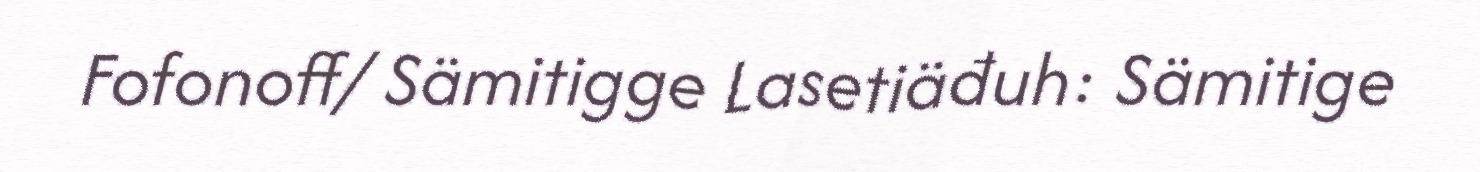
Fofonoff/ Sämitigge Lasetiäđuh: Sämitige